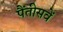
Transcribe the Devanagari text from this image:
पैंतीसवें